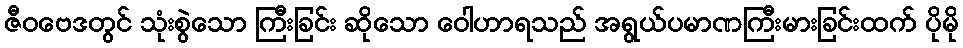
ဇီဝဗေဒတွင် သုံးစွဲသော ကြီးခြင်း ဆိုသော ဝေါဟာရသည် အရွယ်ပမာဏကြီးမားခြင်းထက် ပိုမို